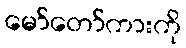
မော်တော်ကားကို